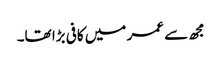
مجھ سے عمر میں کافی بڑا تھا۔